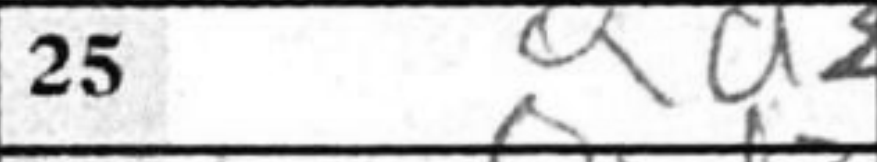
Transcription: Qd2